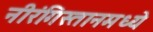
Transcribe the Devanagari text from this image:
नीरंगिस्तानमध्ये